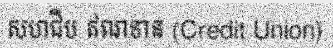
សហជីប ឥណទាន (Credit Union)